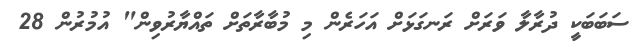
ސަބަބަކީ ދުރާލާ ވަރަށް ރަނގަޅަށް އަހަރެން މި މުބާރާތަށް ތައްޔާރުވިން" އުމުރުން 28